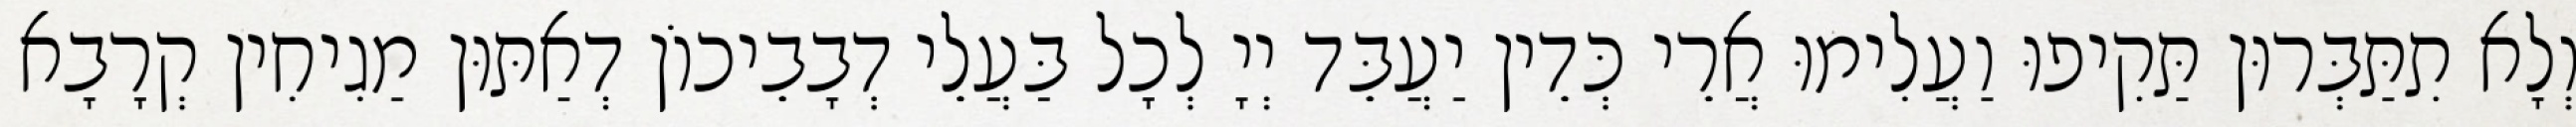
וְלָא תִתַּבְּרוּן תַּקִיפוּ וַעֲלִימוּ אֲרֵי כְּדֵין יַעֲבֵּד יְיָ לְכָל בַּעֲלֵי דְבָבֵיכוֹן דְאַתּוּן מַגִיחִין קְרָבָא